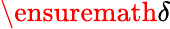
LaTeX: \ensuremath{\delta}